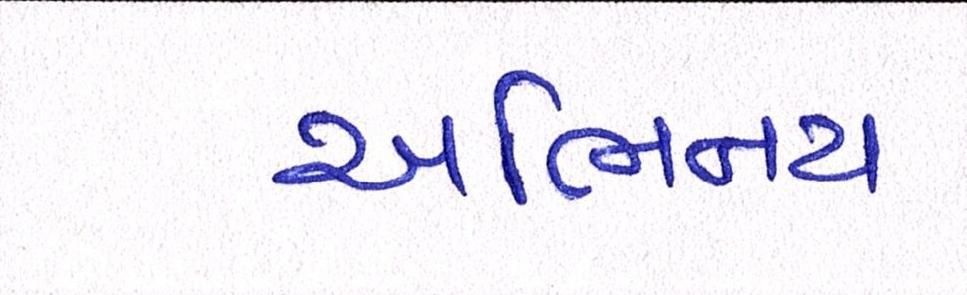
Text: અભિનય